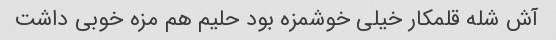
آش شله قلمکار خیلی خوشمزه بود حلیم هم مزه خوبی داشت